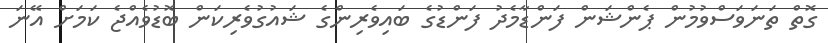
ގޮތް ތަނަވަސްވުމުން ޕެންޝަން ފަންޑާމެދު ފަންޑުގެ ބައިވެރިންގެ ޝައުގުވެރިކަން ބޮޑުވެއްޖެ ކަމަށް އޭނަ